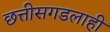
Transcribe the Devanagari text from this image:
छत्तीसगडलाही